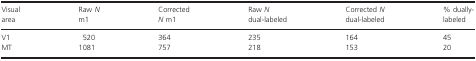
<table><thead><tr><td><b>Visual area</b></td><td><b>Raw <i>N</i> m1</b></td><td><b>Corrected <i>N</i> m1</b></td><td><b>Raw <i>N</i> dual-labeled</b></td><td><b>Corrected <i>N</i> dual-labeled</b></td><td><b>% dually-labeled</b></td></tr></thead><tbody><tr><td>V1</td><td>520</td><td>364</td><td>235</td><td>164</td><td>45</td></tr><tr><td>MT</td><td>1081</td><td>757</td><td>218</td><td>153</td><td>20</td></tr></tbody></table>